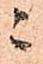
ニ